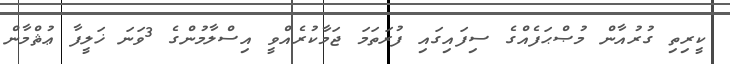
ކީރިތި ގުރުއާން މުޞްޙަފެއްގެ ސިފައިގައި ފުރަތަމަ ޖަމާކުރެއްވީ އިސްލާމުންގެ 3ވަނަ ޚަލީފާ ޢުޘްމާން